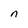
Character: n